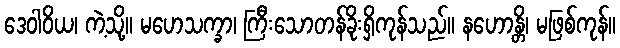
ဒေဝါဝိယ၊ ကဲ့သို့။ မဟေသက္ခာ၊ ကြီးသောတန်ခိုးရှိကုန်သည်။ နဟောန္တိ၊ မဖြစ်ကုန်။